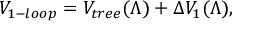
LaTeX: V _ { 1 - l o o p } = V _ { t r e e } ( \Lambda ) + \Delta V _ { 1 } ( \Lambda ) ,